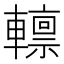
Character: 𨎺